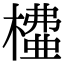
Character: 𣙶